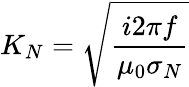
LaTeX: K_{N}=\sqrt{\frac{i2\pi f}{\mu_{0}\sigma_{N}}}